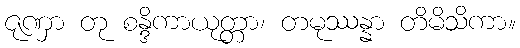
ဇုဏှာ တု စန္ဒိကာယုတ္တာ၊ တမုဿန္နာ တိမိသိကာ။